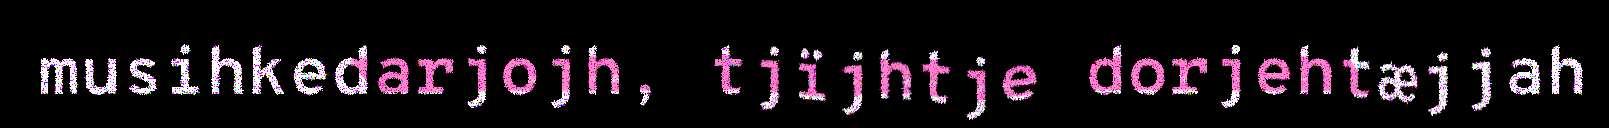
musihkedarjojh, tjïjhtje dorjehtæjjah